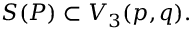
{ \cal S } ( P ) \subset V _ { 3 } ( p , q ) .